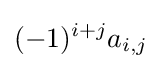
(-1)^{i+j}a_{i,j}